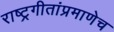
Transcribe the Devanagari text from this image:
राष्ट्रगीतांप्रमाणेच